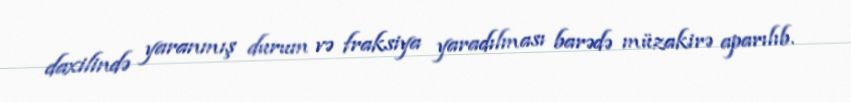
daxilində yaranmış durum və fraksiya yaradılması barədə müzakirə aparılıb.